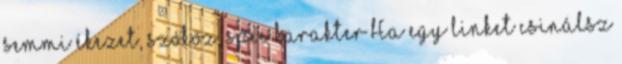
semmi ékezet, szóköz, spec karakter Ha egy linket csinálsz